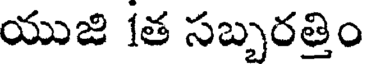
యుజి 1త సబృరత్తిం